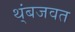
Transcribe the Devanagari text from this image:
थ्ंबजवत